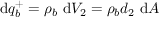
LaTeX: \mathrm { d } q _ { b } ^ { + } = \rho _ { b } \ \mathrm { d } V _ { 2 } = \rho _ { b } d _ { 2 } \ \mathrm { d } A